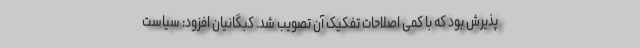
پذیرش بود که با کمی اصلاحات تفکیک آن تصویب شد. کبگانیان افزود: سیاست